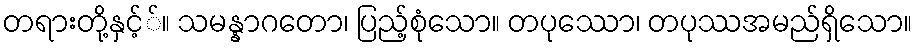
တရားတို့နှင့််။ သမန္နာဂတော၊ ပြည့်စုံသော။ တပုဿော၊ တပုဿအမည်ရှိသော။